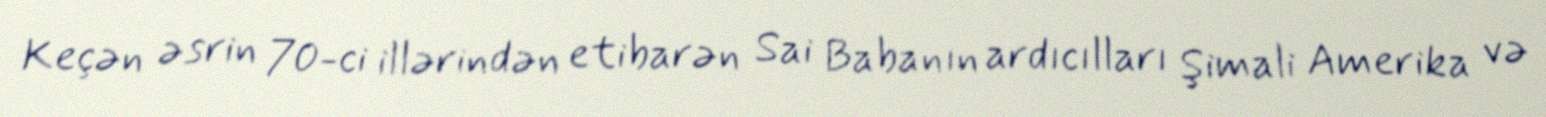
Keçən əsrin 70-ci illərindən etibarən Sai Babanın ardıcılları Şimali Amerika və